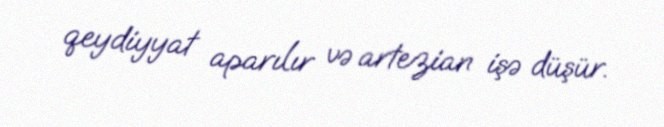
qeydiyyat aparılır və artezian işə düşür.